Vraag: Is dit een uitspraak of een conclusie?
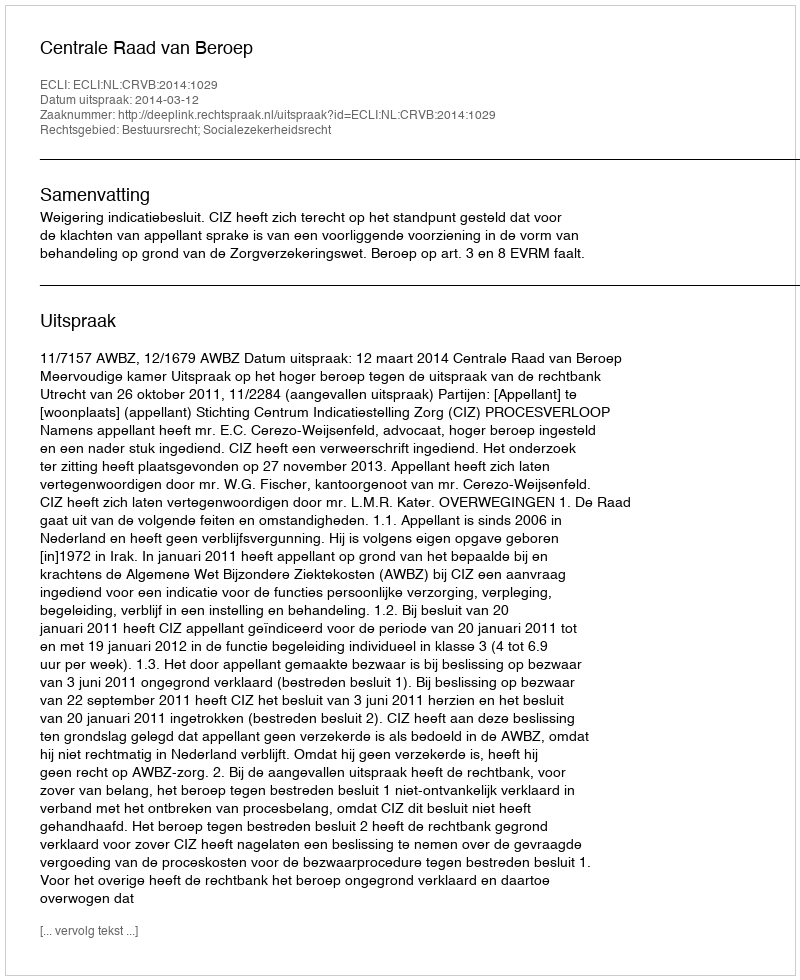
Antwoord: Uitspraak